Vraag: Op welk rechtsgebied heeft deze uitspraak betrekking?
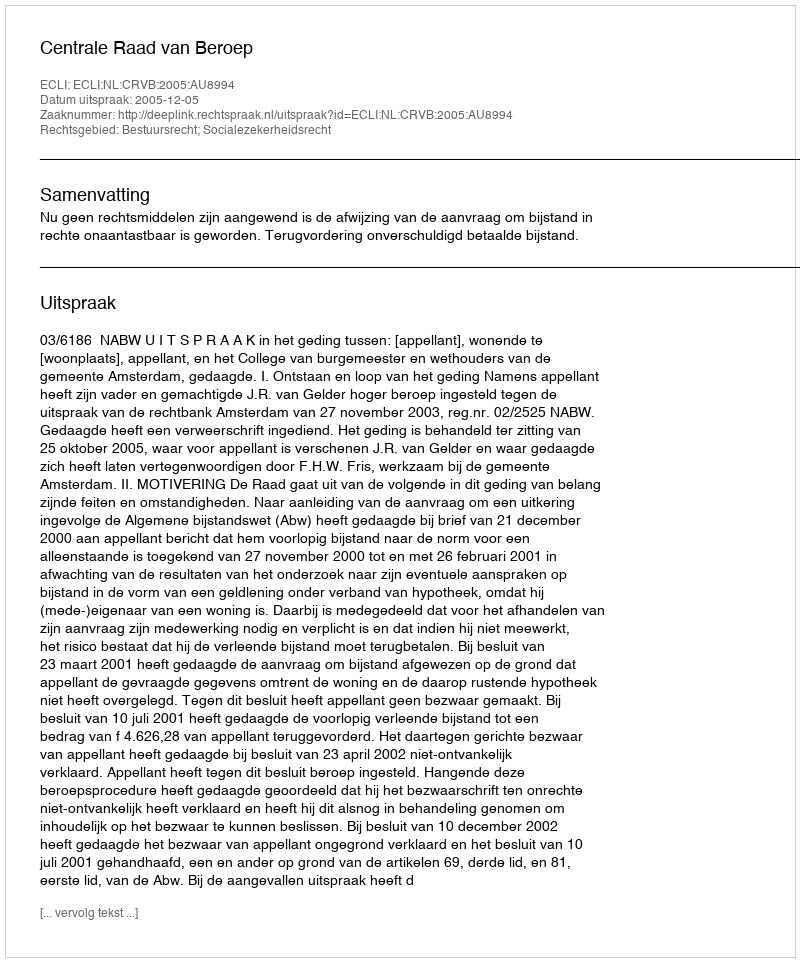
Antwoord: Bestuursrecht; Socialezekerheidsrecht